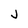
Character: j